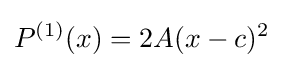
P^{(1)}(x)=2A(x-c)^{2}